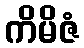
ကိမိဇံ